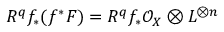
R ^ { q } f _ { * } ( f ^ { * } F ) = R ^ { q } f _ { * } { \mathcal { O } } _ { X } \otimes L ^ { \otimes n }